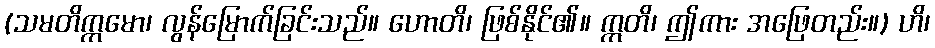
(သမတိက္ကမော၊ လွန်မြောက်ခြင်းသည်။ ဟောတိ၊ ဖြစ်နိုင်၏။ ဣတိ၊ ဤကား အဖြေတည်း။) ဟိ၊